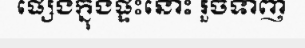
ផ្សេងក្នុងផ្ទះនោះ រួចទាញ